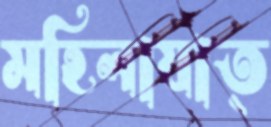
মহিলাযাত্